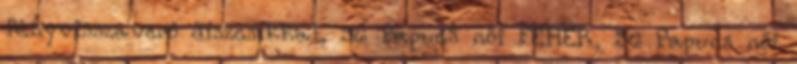
fényvisszaverő díszcsíkkal, 36 Papucs női FEHÉR, 36 Papucs női